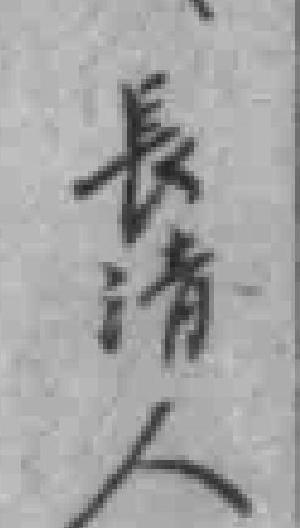
長清人